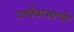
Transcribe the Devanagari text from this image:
वर्षावासाची